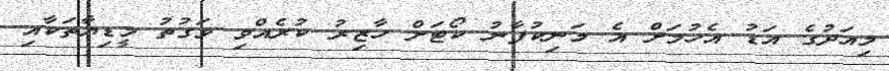
މިއަދުގެ އަޑު އެހުމަށް އެ މަނިކުފާނު ކޯޓަށް ހާޒިރު ކުރެއްވި ވަގުތު މީޑިޔާތަކާއި